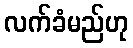
လက်ခံမည်ဟု